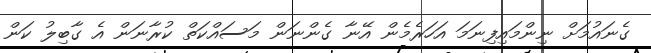
ގެނައުމަށް ނިންމައިފިނަމަ އަހަރެމެން އޭނާ ގެންނަން މަސައްކަތް ކުރާނަން އެ ގާބިލު ކަން